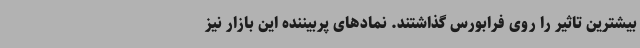
بیشترین تاثیر را روی فرابورس گذاشتند. نمادهای پربیننده این بازار نیز